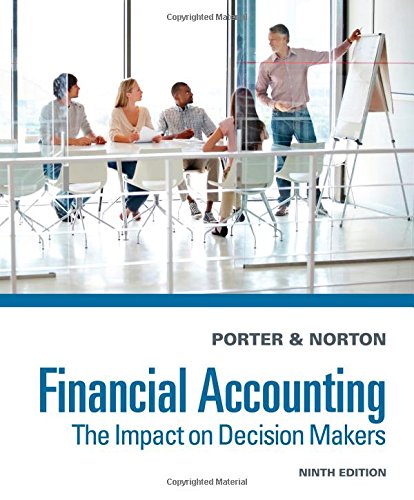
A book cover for Financial Accounting: The Impact on Decision Makers; Gary A. Porter; Business & Money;